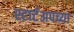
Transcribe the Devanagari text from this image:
स्टार्टअपच्या